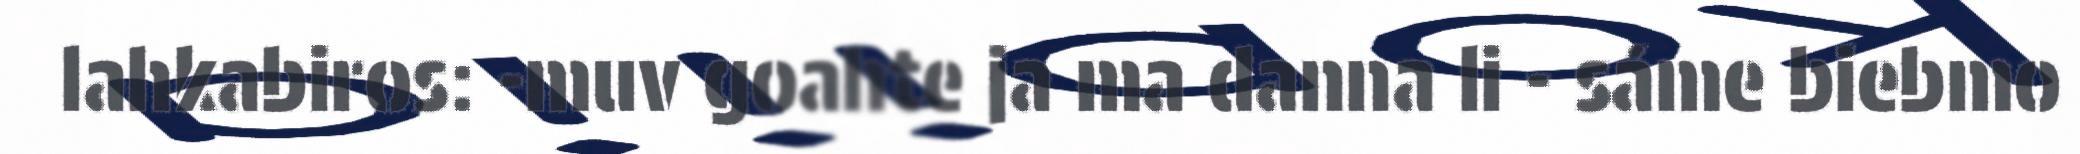
lahkabiros: -muv goahte ja ma danna li - sáme biebmo